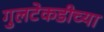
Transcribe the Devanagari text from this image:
गुलटेकडीच्या